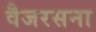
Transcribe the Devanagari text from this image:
वैजरसना